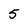
Character: 5